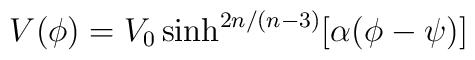
V(\phi)=V_0 \sinh^{2n/(n-3)}[\alpha(\phi -\psi)]